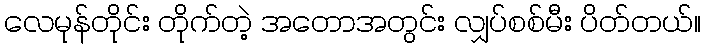
လေမုန်တိုင်း တိုက်တဲ့ အတောအတွင်း လျှပ်စစ်မီး ပိတ်တယ်။